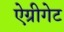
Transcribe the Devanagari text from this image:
ऐग्रीगेट